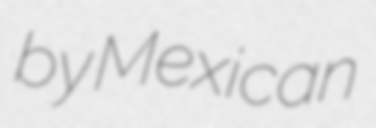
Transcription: by Mexican